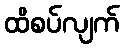
ထိစပ်လျက်